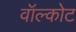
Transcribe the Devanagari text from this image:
वॉल्कोट